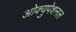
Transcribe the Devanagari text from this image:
ओक्युपेशनल